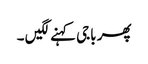
پھر باجی کہنے لگیں ۔